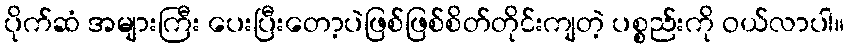
ပိုက်ဆံ အများကြီး ပေးပြီးတော့ပဲဖြစ်ဖြစ်စိတ်တိုင်းကျတဲ့ ပစ္စည်းကို ဝယ်လာပါ။